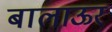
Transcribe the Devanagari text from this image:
बालाऊर